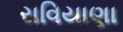
રાવિયાણા